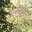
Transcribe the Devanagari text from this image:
अन्नामुळेच